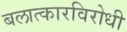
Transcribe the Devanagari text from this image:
बलात्कारविरोधी